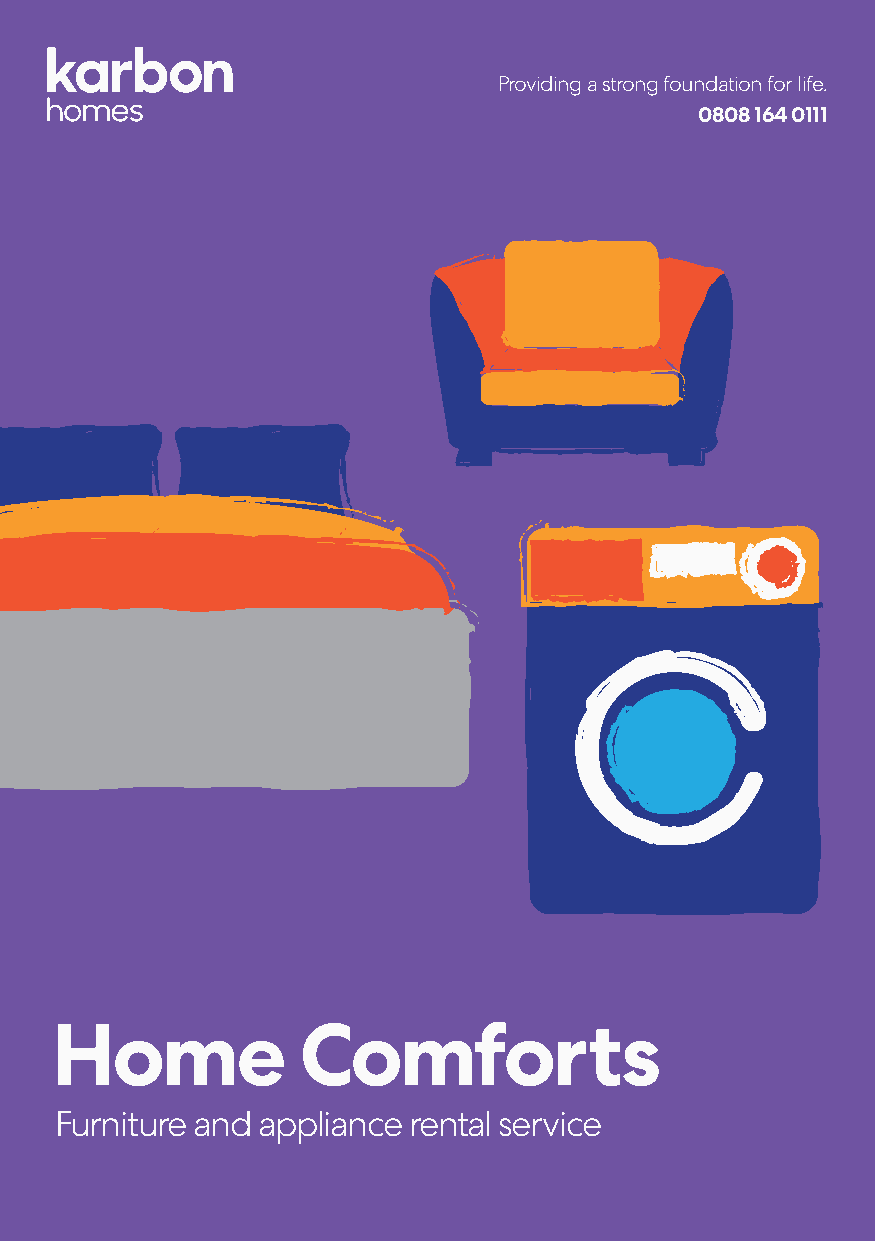
Providing a strong foundation for life.
 0808 164 0111
 Home             Comforts
 Furniture and appliance rental service